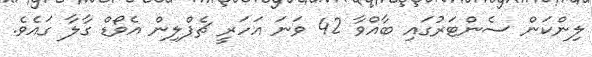
ލިންކަން ސެންޓަރުގައި ބާއްވާ 42 ވަނަ އަހަރީ ޗެޕްލިން އެވޯޑް ގާލާ ގައެވެ.